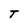
Character: T